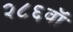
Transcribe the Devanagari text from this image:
२८६वॉ